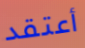
أعتقد